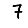
Digit: 7